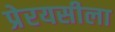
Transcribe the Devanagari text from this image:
प्रेरयसीला